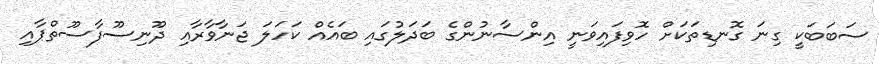
ސަބަބަކީ ގިނަ ގޮނޑިތަކަށް ހޮވިފައިވަނީ އިންސާނުންގެ ބަދަލުގައި ބައެއް ކަހަލަ ޖަނާވާރާއި ދޫނިސޫފާސޫތްޕާއި